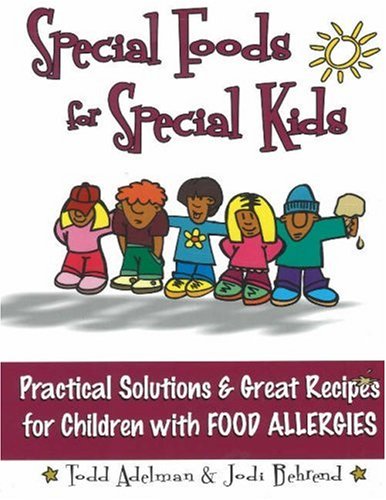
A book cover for Special Foods for Special kids: Practical Solutions and Great Recipes for children; Todd Adelman; Health, Fitness & Dieting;